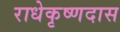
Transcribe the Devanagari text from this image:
राधेकृष्णदास